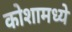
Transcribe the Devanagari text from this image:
कोशामध्ये